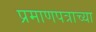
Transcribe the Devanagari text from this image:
प्रमाणपत्राच्या